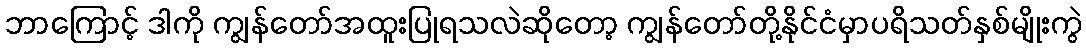
ဘာကြောင့် ဒါကို ကျွန်တော်အထူးပြုရသလဲဆိုတော့ ကျွန်တော်တို့နိုင်ငံမှာပရိသတ်နှစ်မျိုးကွဲ